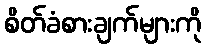
စိတ်ခံစားချက်များကို